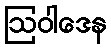
ဩဝါဒေန